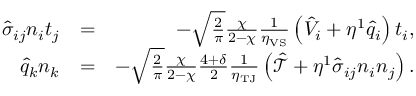
\begin{array} { r l r } { \hat { \sigma } _ { i j } n _ { i } t _ { j } } & { = } & { - \sqrt { \frac { 2 } { \pi } } \frac { \chi } { 2 - \chi } \frac { 1 } { \eta _ { \mathrm { V S } } } \left( \hat { V } _ { i } + \eta ^ { 1 } \hat { q } _ { i } \right) t _ { i } \mathrm { , } } \\ { \hat { q } _ { k } n _ { k } } & { = } & { - \sqrt { \frac { 2 } { \pi } } \frac { \chi } { 2 - \chi } \frac { 4 + \delta } { 2 } \frac { 1 } { \eta _ { \mathrm { T J } } } \left( \mathcal { \hat { T } } + \eta ^ { 1 } \hat { \sigma } _ { i j } n _ { i } n _ { j } \right) \mathrm { . } } \end{array}